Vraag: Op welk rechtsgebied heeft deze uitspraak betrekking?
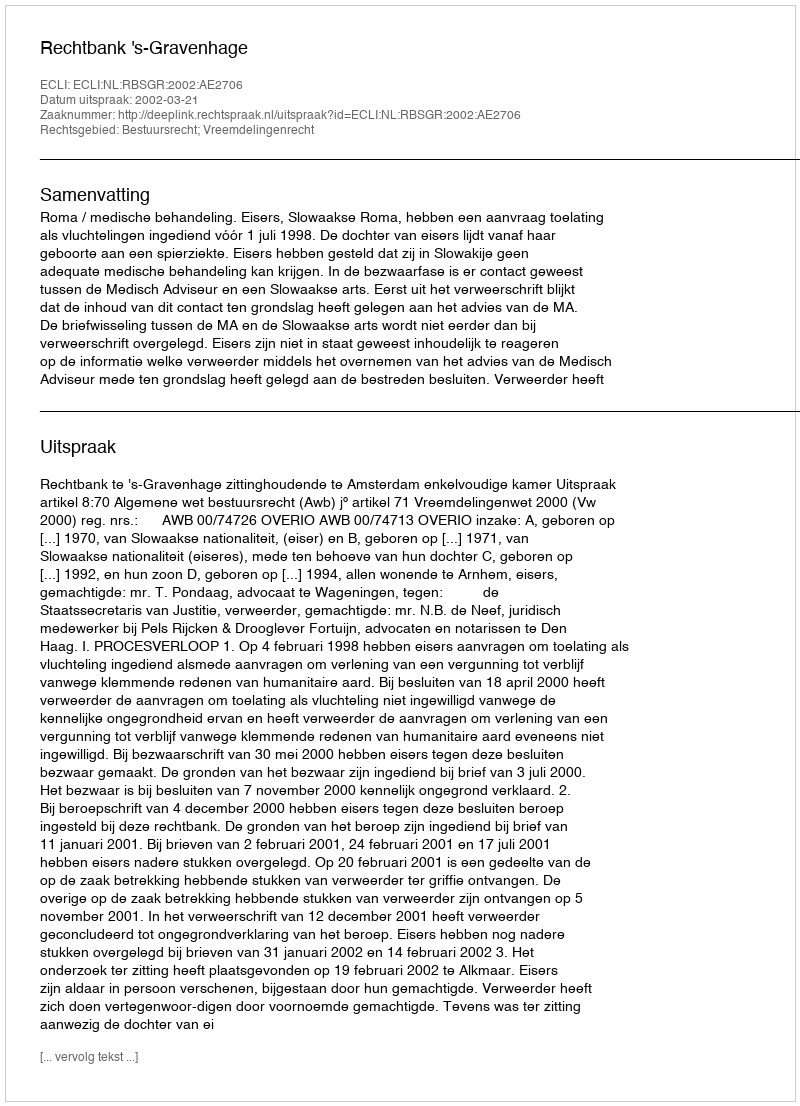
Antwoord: Bestuursrecht; Vreemdelingenrecht